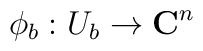
\phi_b:U_b\rightarrow {\bf C}^{n}